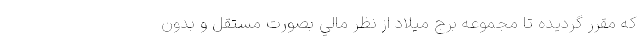
كه مقرر گرديده تا مجموعه برج ميلاد از نظر مالي بصورت مستقل و بدون